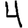
Digit: 4